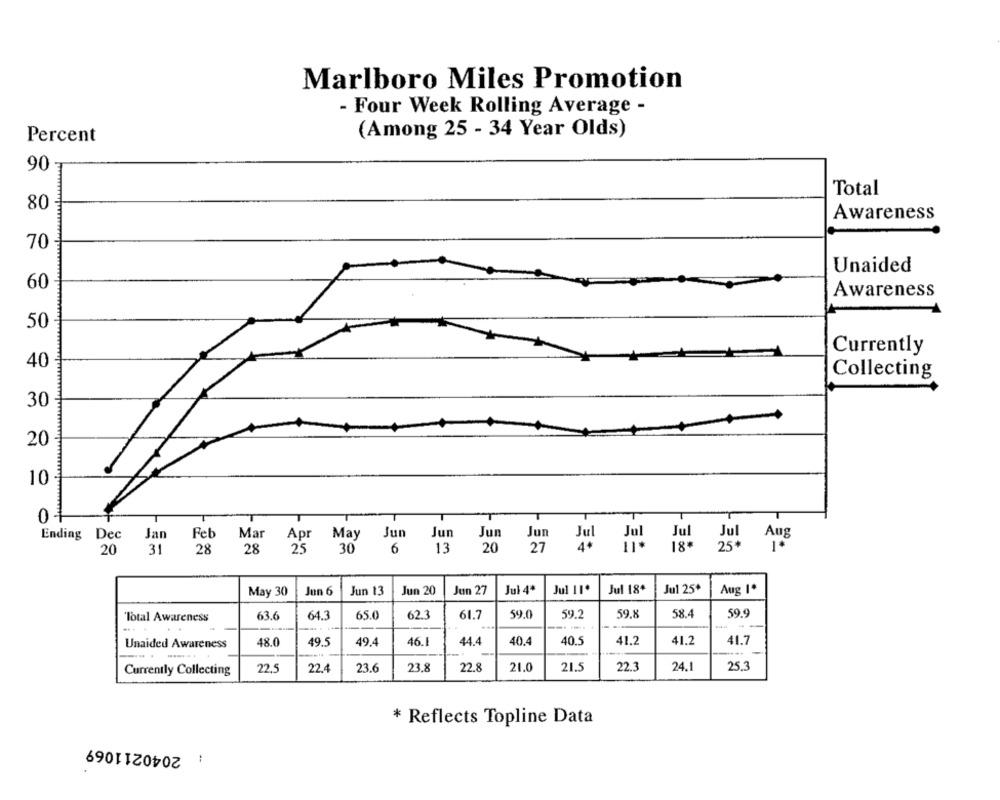
Marlboro Miles Promotion
- Four Week Rolling Average -
(Among 25 - 34 Year Olds)
Percent
90
Total
80 -
Awareness
70
Unaided
60
Awareness
50
Currently
40
Collecting
30
20
10
0
T
Ending Dec
Jan
Feb
Mar
Apr
May
Jun
Jun
Jun
Jun
Jul
Jul Aug
20
31
28
28
25
30
6
13
20
27
18.
25* 1*
May 30
Jun 6
Jun 13
Jun 20
Jun 27
Jul 4*
Jul 11.
Jul 18+
Jul 25+
Aug 1ª
'Total Awareness
63.6
64.3
65.0
62.3
61.7
59.0
59.2
59.8
58.4
59.9
..
40.4
41.2
41.2
41.7
Unaided Awareness
48.0
49.5
49.4
46.1
44.4
40.5
Currently Collecting
22,5
22.4
23.6
23.8
22.8
21.0
21.5
22.3
24.1
25.3
* Reflects Topline Data
: 2040211069